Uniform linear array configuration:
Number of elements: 24
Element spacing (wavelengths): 0.75
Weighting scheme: hamming
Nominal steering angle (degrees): -15
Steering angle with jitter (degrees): -15.585
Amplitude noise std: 0.05
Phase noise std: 0.05

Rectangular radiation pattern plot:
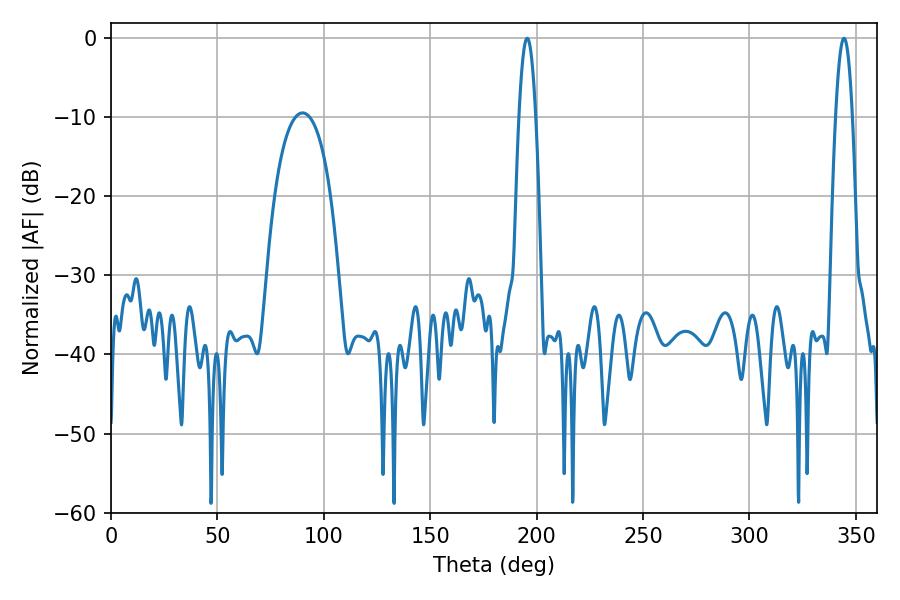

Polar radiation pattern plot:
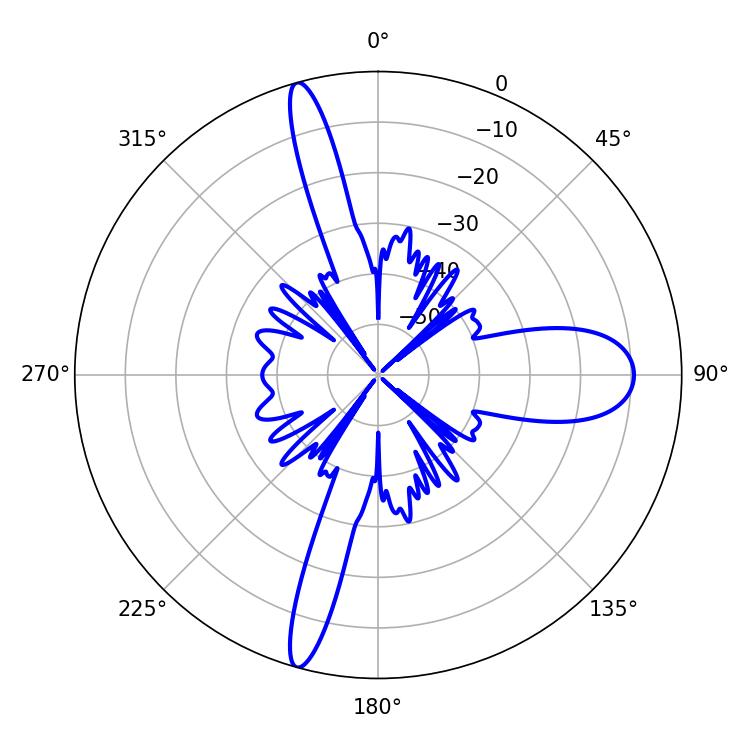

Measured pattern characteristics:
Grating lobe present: TRUE
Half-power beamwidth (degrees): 4.14
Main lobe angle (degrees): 344.52